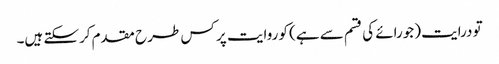
تو درایت (جورائے کی قسم سے ہے) کو روایت پر کس طر ح مقدم کرسکتے ہیں۔